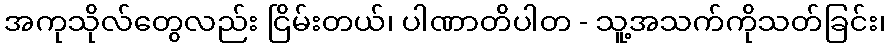
အကုသိုလ်တွေလည်း ငြိမ်းတယ်၊ ပါဏာတိပါတ - သူ့အသက်ကိုသတ်ခြင်း၊